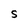
Character: S